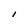
Character: I